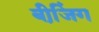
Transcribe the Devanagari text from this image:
बीजि़ंग